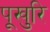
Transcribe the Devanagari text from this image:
पूखुरि